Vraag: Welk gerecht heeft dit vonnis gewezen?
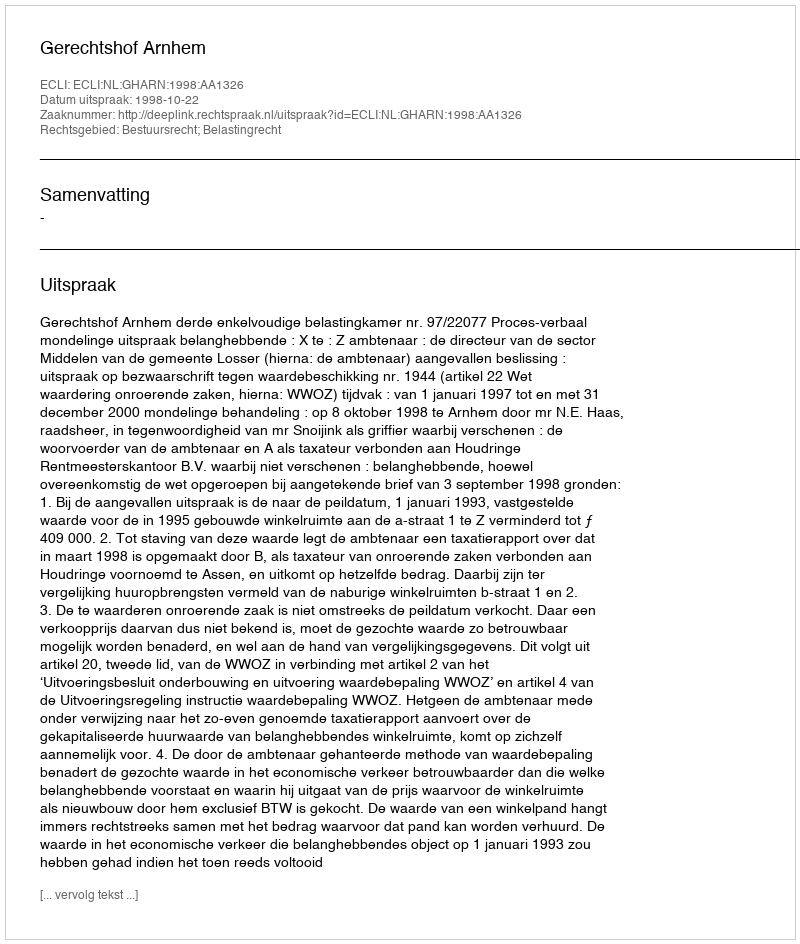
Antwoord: Gerechtshof Arnhem